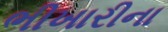
ભીખારીના